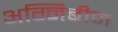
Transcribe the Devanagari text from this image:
अग्निबीज